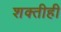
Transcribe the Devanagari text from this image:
शक्तीही